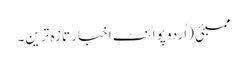
ممبئی (اُردو پوائنٹ اخبار تازہ ترین۔